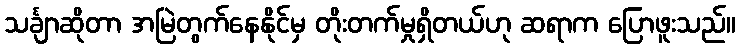
သင်္ချာဆိုတာ အမြဲတွက်နေနိုင်မှ တိုးတက်မှုရှိတယ်ဟု ဆရာက ပြောဖူးသည်။